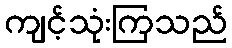
ကျင့်သုံးကြသည်